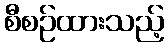
စီစဉ်ထားသည့်